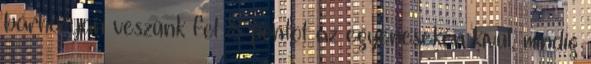
bárhogyan veszünk fel 8 pontot az egyeneseken kívül, mindig